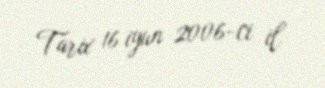
Tarix 16 iyun 2006-ci il